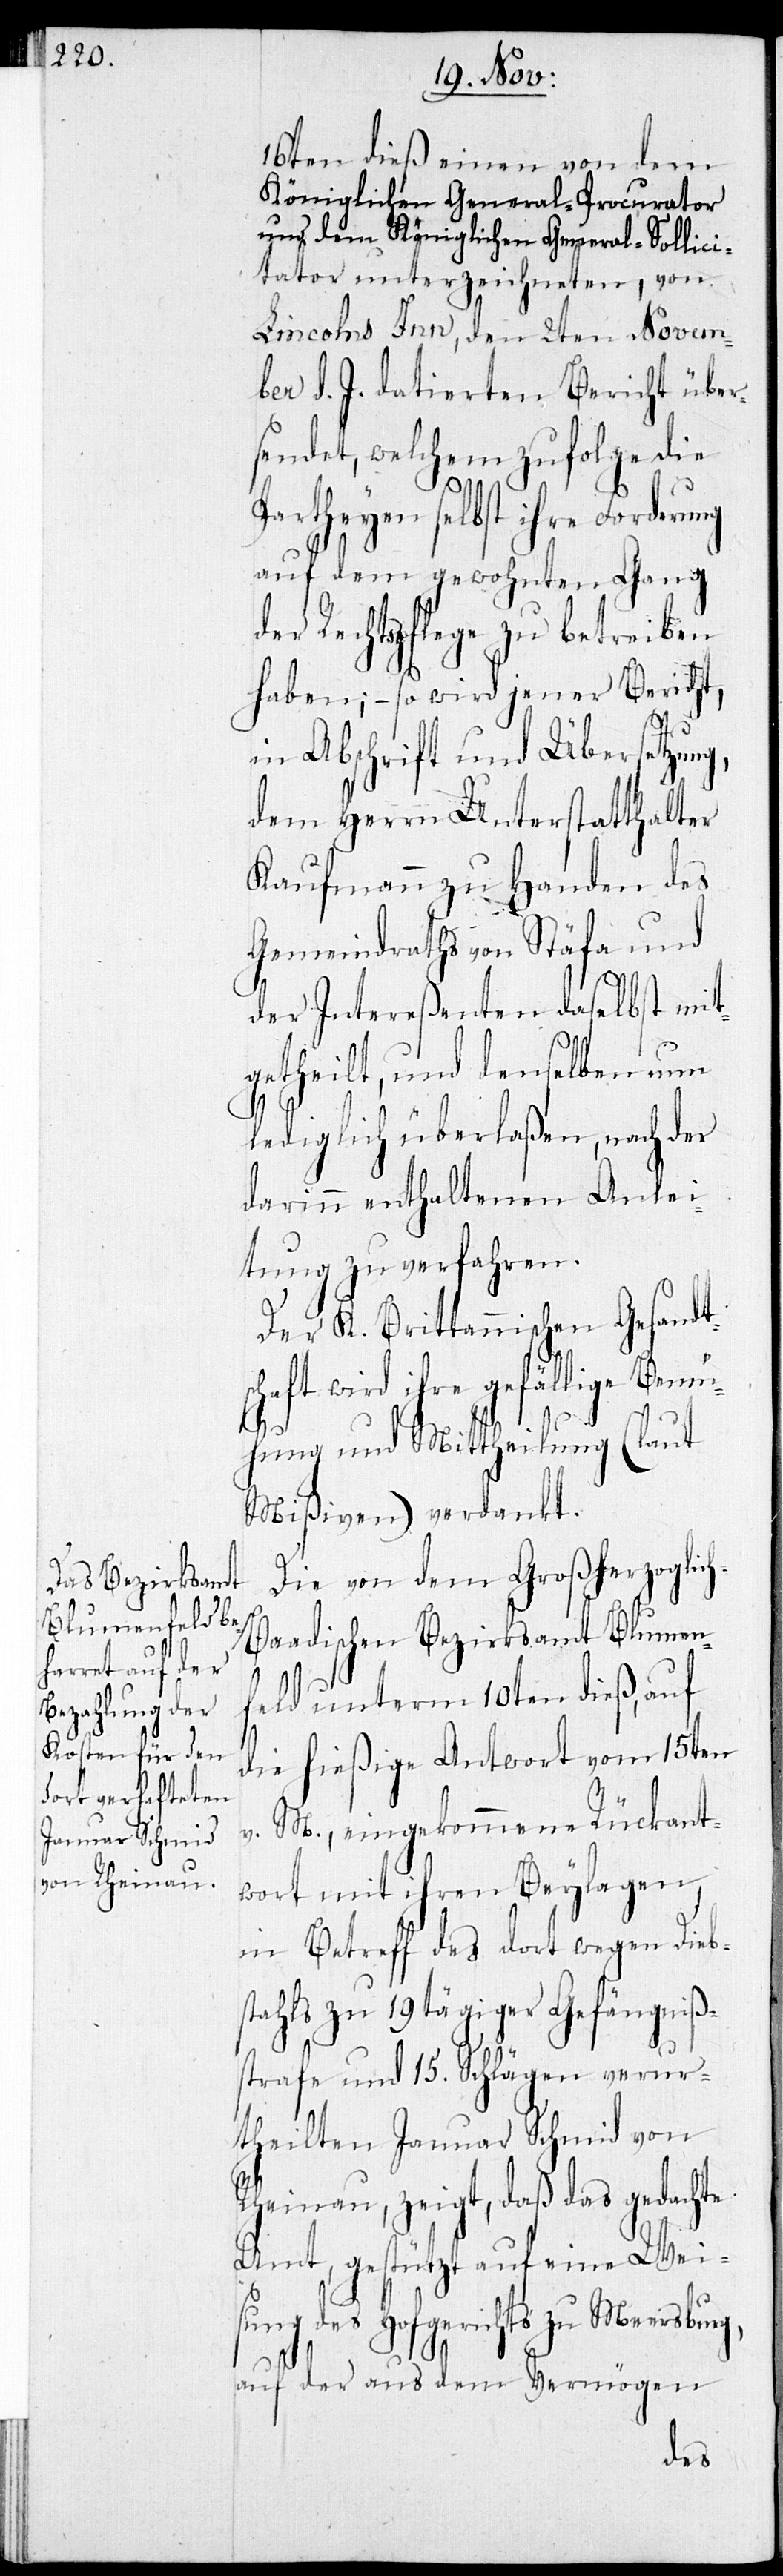
16ten dieß einen von dem
Königlichen General-Procurator
und dem Königlichen General-Sollici¬
tator unterzeichneten, von
Lincolns Inn, den 2ten Novem¬
ber d. J. datierten Bericht über¬
sendet, welchem zufolge die
Partheyen selbst ihre Forderu¬
auf dem gewohnten Gang
der Rechtspflege zu betreiben
haben; - so wird jener Bericht,
in Abschrift und Übersetzung,
dem Herrn Unterstatthalter
Kaufmann zu Handen des
Gemeindraths von Stäfa und
der Intereßenten daselbst mit¬
getheilt, und denselben nun
lediglich überlaßen, nach der
darinn enthaltenen Anlei¬
tung zu verfahren.
Der K. Brittannischen Gesandt¬
schaft wird ihre gefällige Bemü¬
h-B¬
hung und Mittheilung (laut
Mißiven) verdankt.
Die von dem Großherzoglic¬
aadischen Bezirksamt Blumen¬
feld unterm 10ten dieß, auf
die hießige Antwort vom 15ten
v. M., eingekommene Rückant¬
wort mit ihren Beylagen,
in Betreff des dort wegen Diebs¬
tahls zu 19tägiger Gefängniß¬
strafe und 15. Schlägen verur¬
theilten Januar Schmid von
Rheinau, zeigt, daß das gedachte
Amt gestützt auf eine Wei¬
sung des Hofgerichts zu Meersburg,
auf der aus dem Vermögen